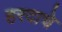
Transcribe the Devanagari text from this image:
हरदाचे